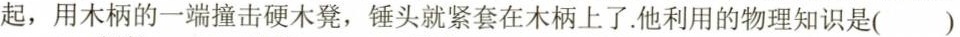
起，用木柄的一端撞击硬木凳，锤头就紧套在木柄上了。他利用的物理知识是（）